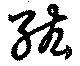
紘